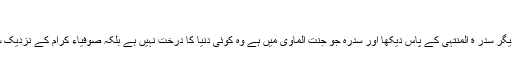
”
تفسیر حقا نی (4) میں سدر کی بابت تحریر کیا گیا ہے کہ آنحضرت ﷺنے اللہ کو بار دیگر سدر ة المنتہیٰ کے پاس دیکھا اور سدرہ جو جنت الماویٰ میں ہے وہ کوئی دنیا کا درخت نہیں ہے بلکہ صوفیاء کرام کے نزدیک سدر سے عبارت ہے روح اعظم سے کہ جس کے اوپر کوئی تعین اور مرتبہ نہیں ہے ۔